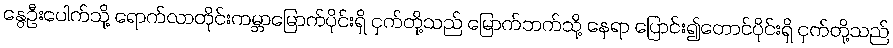
နွေဦးပေါက်သို့ ရောက်လာတိုင်းကမ္ဘာမြောက်ပိုင်းရှိ ငှက်တို့သည် မြောက်ဘက်သို့ နေရာ ပြောင်း၍တောင်ပိုင်းရှိ ငှက်တို့သည်